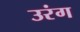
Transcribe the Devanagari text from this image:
उरंग